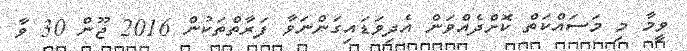
ވީމާ މި މަސައްކަތް ކޮށްދެއްވަން އެދިވަޑައިގަންނަވާ ފަރާތްތަކުން 2016 ޖޫން 30 ވާ